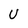
Character: U